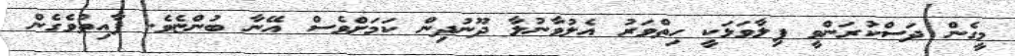
މީގެން ދަސްކުރަންވީ ފިލާވަޅަކީ ހިތްވަރު އެލުވާނުލާ ދޫނުދިން ކަމަށްވެސް އޭނާ ބުންޏެވެ. ފާއިތުވެގެން